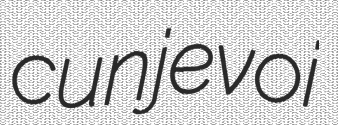
cunjevoi